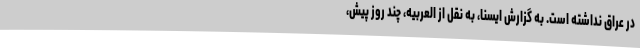
در عراق نداشته است. به گزارش ایسنا، به نقل از العربیه، چند روز پیش،